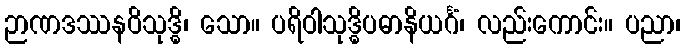
ဉာဏဒဿနဝိသုဒ္ဓိ၊ သော။ ပရိဝါသုဒ္ဓိပဓာနိယင်္ဂံ၊ လည်းကောင်း။ ပညာ၊